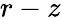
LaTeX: r-z